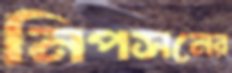
নিপসনের